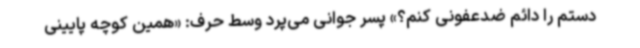
دستم را دائم ضدعفونی کنم؟» پسر جوانی می‌پرد وسط حرف: «همین کوچه پایینی